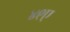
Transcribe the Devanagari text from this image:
४९ए